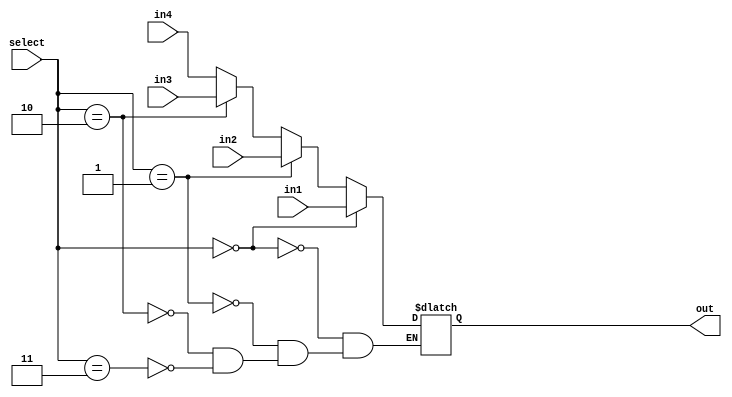
`ifndef _mux32_4x1
`define _mux32_4x1
`timescale 1ns / 1ps
//////////////////////////////////////////////////////////////////////////////////
// Company:
// Engineer:
//
// Design Name:
// Module Name:    MUX32_4x1
// Project Name:
// Target Devices:
// Tool versions:
// Description:
//
// Dependencies:
//
// Revision:
// Revision 0.01 - File Created
// Additional Comments:
//
//////////////////////////////////////////////////////////////////////////////////
module MUX32_4x1(in1, in2, in3, in4, select, out);

	input [31:0] in1;
	input [31:0] in2;
	input [31:0] in3;
	input [31:0] in4;
	input [1:0] select;

	output reg [31:0] out;

	initial begin
		out <= 32'b0;
	end

	always @(*) begin
		if (select == 2'b00) begin
			out <= in1;
		end
		else if (select == 2'b01) begin
			out <= in2;
		end
		else if (select == 2'b10) begin
			out <= in3;
		end
		else if (select == 2'b11) begin
			out <= in4;
		end

	end
endmodule
`endif